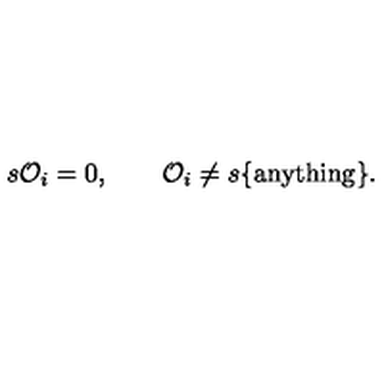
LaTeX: s { \cal O } _ { i } = 0 , \quad \quad { \cal O } _ { i } \ne s \{ \mathrm { a n y t h i n g } \} .